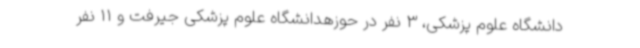
دانشگاه علوم پزشکی، 3 نفر در حوزهدانشگاه علوم پزشکی جیرفت و 11 نفر